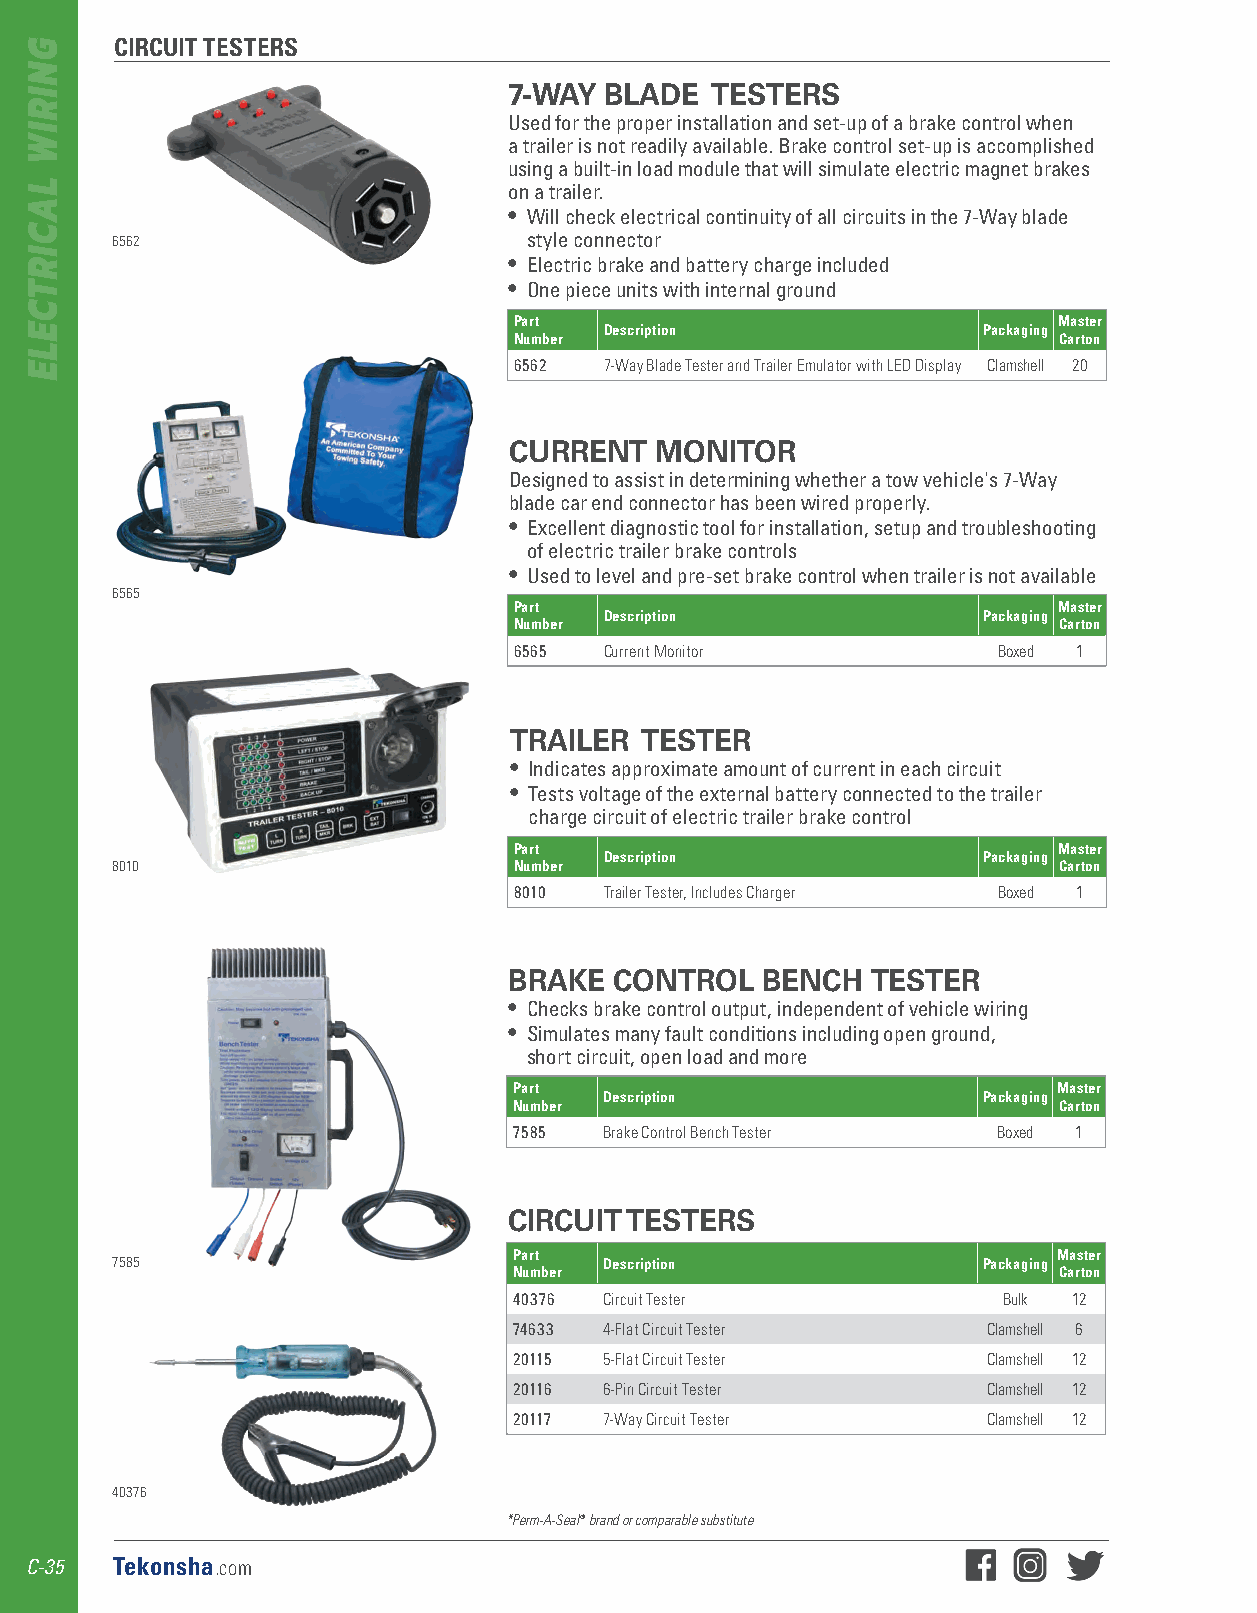
CIRCUIT TESTERS
 7-WAY BLADE  TESTERS
 Used for the proper installation and set-up of a brake control when
 a trailer is not readily available . Brake control set-up is accomplished
 using a built-in load module that will simulate electric magnet brakes
 on a trailer .
 • Will check electrical continuity of all circuits in the 7-Way blade
 6562                        style connector
 • Electric brake and battery charge included
 • One piece units with internal ground
 Part                                Master
 Description              Packaging
 Number                              Carton
 6562  7-Way Blade Tester and Trailer Emulator with LED Display Clamshell 20
 CURRENT  MONITOR
 Designed to assist in determining whether a tow vehicle's 7-Way
 blade car end connector has been wired properly .
 • Excellent diagnostic tool for installation, setup and troubleshooting
 of electric trailer brake controls
 • Used to level and pre-set brake control when trailer is not available
 6565
 Part                                Master
 Description              Packaging
 Number                              Carton
 6565  Current Monitor           Boxed 1
 TRAILER TESTER
 • Indicates approximate amount of current in each circuit
 • Tests voltage of the external battery connected to the trailer
 charge circuit of electric trailer brake control
 Part                                Master
 Description              Packaging
 8010                       Number                              Carton
 8010  Trailer Tester, Includes Charger Boxed 1
 BRAKE  CONTROL  BENCH   TESTER
 • Checks brake control output, independent of vehicle wiring
 • Simulates many fault conditions including open ground,
 short circuit, open load and more
 Part                                Master
 Description              Packaging
 Number                              Carton
 7585  Brake Control Bench Tester Boxed 1
 CIRCUIT TESTERS
 Part                                Master
 7585                             Description              Packaging
 Number                              Carton
 40376 Circuit Tester            Bulk 12
 74633 4-Flat Circuit Tester    Clamshell 6
 20115 5-Flat Circuit Tester    Clamshell 12
 20116 6-Pin Circuit Tester     Clamshell 12
 20117 7-Way Circuit Tester     Clamshell 12
 40376
 *Perm-A-Seal ® brand or comparable substitute
 C-35 Tekonsha.com
 GNIRIW
 LACIRTCELE